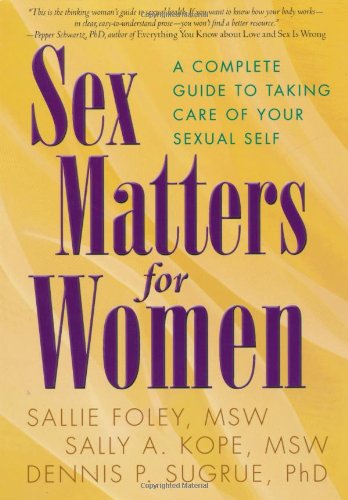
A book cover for Sex Matters for Women: A Complete Guide to Taking Care of Your Sexual Self; Sallie Foley; Health, Fitness & Dieting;